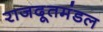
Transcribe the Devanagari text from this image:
राजदूतमंडल